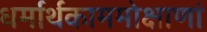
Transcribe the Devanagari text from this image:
धर्मार्थकाममोक्षाणां